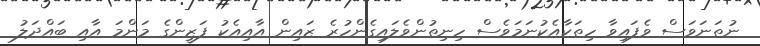
ނުތަނަވަސް ވެފައިވާ ހިތަކާއެކުނަމަވެސް ހިނިތުންވެލައިގެންހުރެ ޒައިން އާއިއެކު ފަޒީންގެ މަންމަ އާއި ބައްދަލު